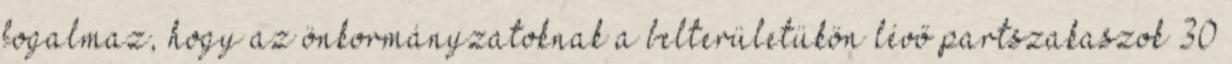
fogalmaz, hogy az önkormányzatoknak a belterületükön lévő partszakaszok 30